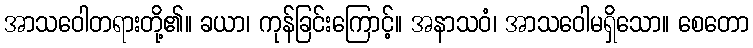
အာသဝေါတရားတို့၏။ ခယာ၊ ကုန်ခြင်းကြောင့်။ အနာသဝံ၊ အာသဝေါမရှိသော။ စေတော